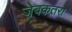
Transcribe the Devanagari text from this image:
जेबकतरा